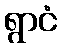
ရွာငံ